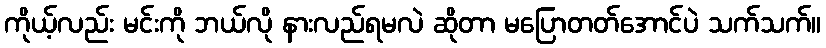
ကိုယ့်လည်း မင်းကို ဘယ်လို နားလည်ရမလဲ ဆိုတာ မပြောတတ်အောင်ပဲ သက်သက်။